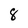
Character: 8